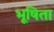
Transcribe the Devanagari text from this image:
भूषिता